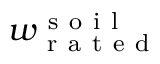
w _ { \mathrm { ~ r ~ a ~ t ~ e ~ d ~ } } ^ { \mathrm { ~ s ~ o ~ i ~ l ~ } }